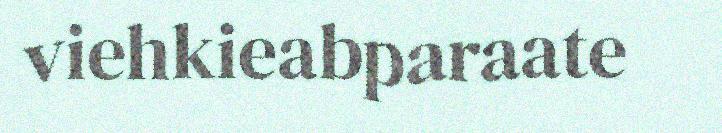
viehkieabparaate